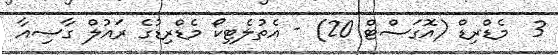
3  މެޑްރިޑް (އޮގަސްޓް 20) - އެތުލެޓިކޯ މެޑްރިޑުގެ ރައުލް ގާސިއާ